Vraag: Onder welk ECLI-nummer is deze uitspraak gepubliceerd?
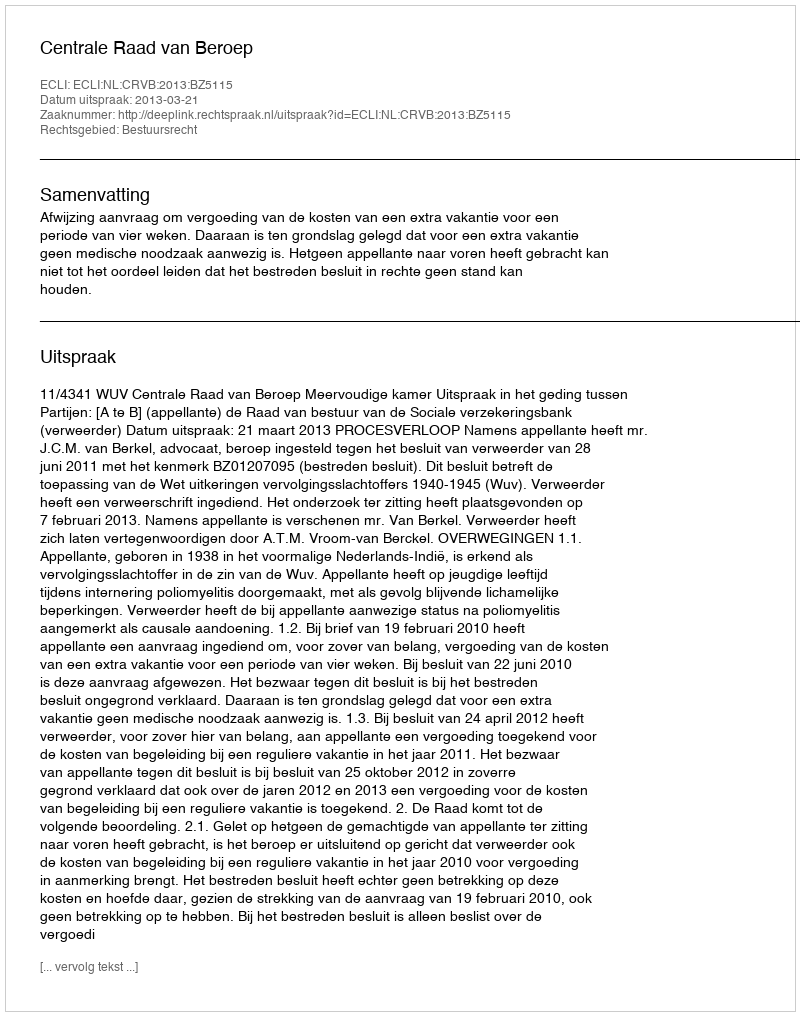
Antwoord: ECLI:NL:CRVB:2013:BZ5115